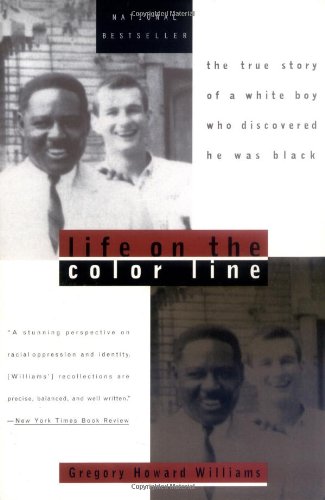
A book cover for Life on the Color Line: The True Story of a White Boy Who Discovered He Was Black; Gregory Howard Williams; Law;